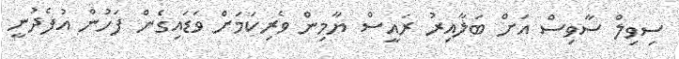
ސިވިލް ސާވިސް އަށް ބަލާއިރު ރައީސް ޔާމިން ވެރިކަމަށް ވަޑައިގެން ފަހުން އުފެދުނީ